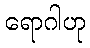
ရောဂါဟု